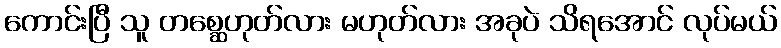
ကောင်းပြီ သူ တစ္ဆေဟုတ်လား မဟုတ်လား အခုပဲ သိရအောင် လုပ်မယ်